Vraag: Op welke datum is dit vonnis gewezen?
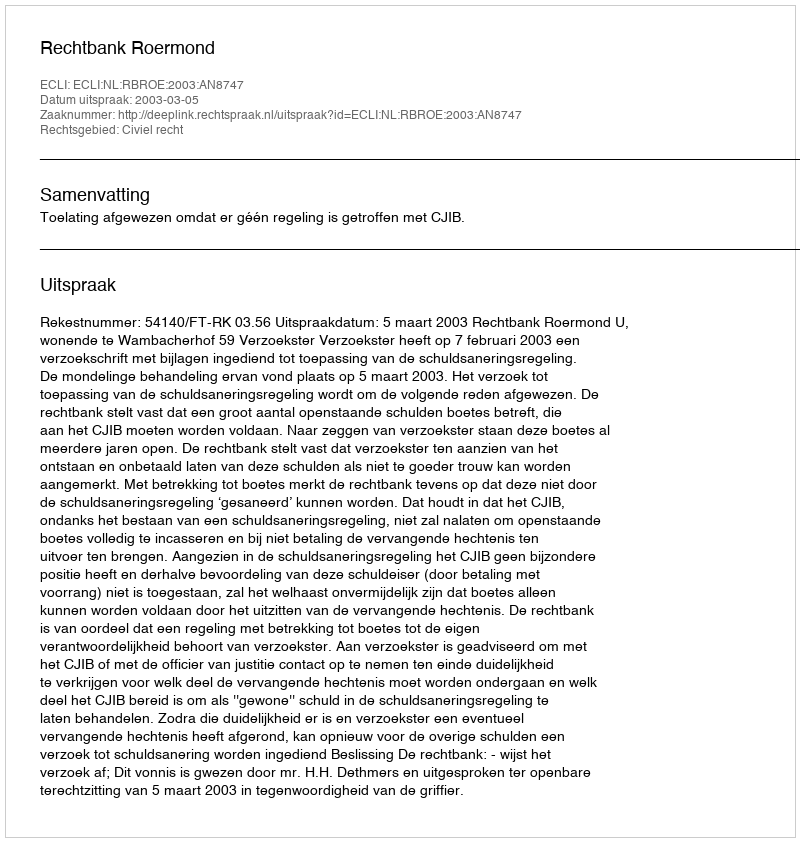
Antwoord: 2003-03-05